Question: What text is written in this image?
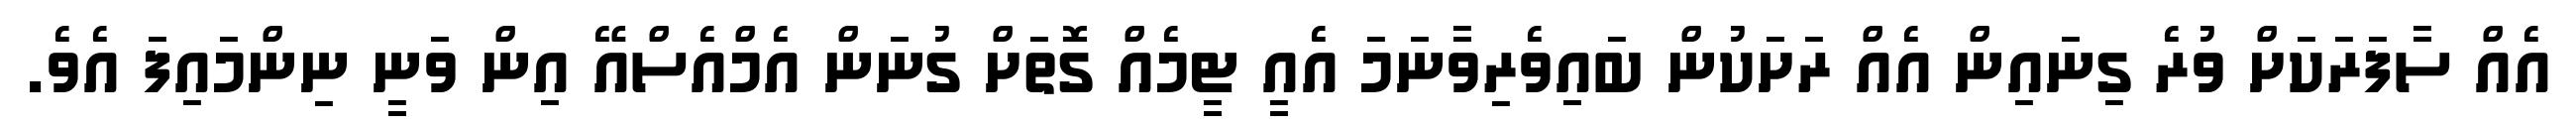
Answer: އެއް ސާފަރަކަށް ވުރެ ގިނައިން އެއް ރަށަކުން ބައިވެރިވާނަމަ އެއީ ޓީމެއް ގޮތަށް ގުނަން އެމްއެސްއޭ އިން ވަނީ ނިންމައިފަ އެވެ.